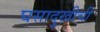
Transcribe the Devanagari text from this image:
घसादुखीची